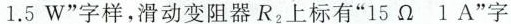
1.5W”字样，滑动变阻器R_{2} (上标有”15Ω1A”字